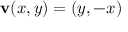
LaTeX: \mathbf { v } ( x , y ) = ( y , - x )